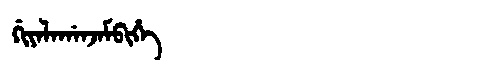
Manchu: ᡤᡳᠶᠠᠯᠠᡤᠠᠨᠵᠠᠮᠪᡳᡥᡝ
Romanization: GIYALAGANJAMBIHE